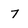
Character: 7